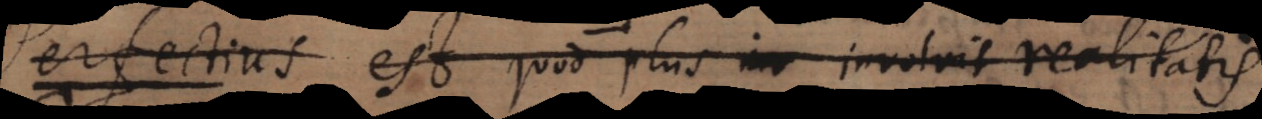
perfectius est, quod plus inte involvit realitatis.